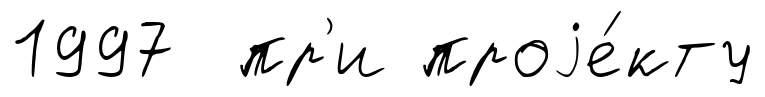
1997 пр'и проjе́кту